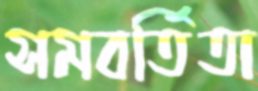
সমবর্তিতা